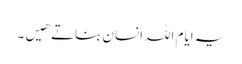
یہ ایام اللہ انسان بناتے هیں۔